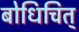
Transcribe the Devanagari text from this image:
बोधिचित्